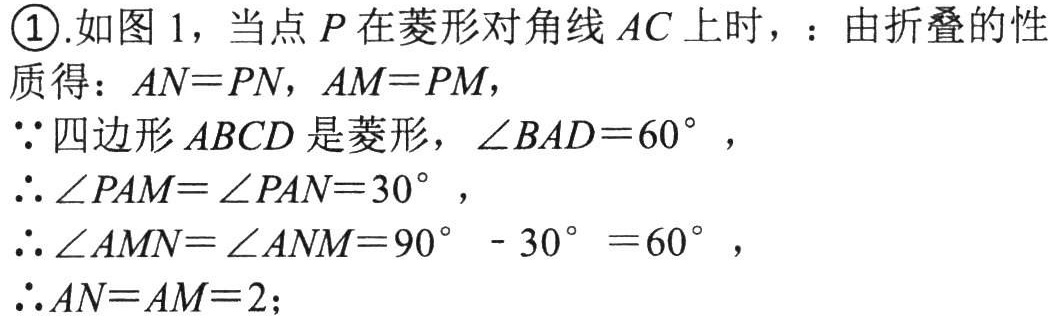
\textcircled{1}.如图1，当点\(P\)在菱形对角线\(AC\)上时，：由折叠的性
质得：\(AN = PN\)，\(AM = PM\)，
\(\because\)四边形\(ABCD\)是菱形，\(\angle BAD = 60^{\circ}\)，
\(\therefore\angle PAM=\angle PAN = 30^{\circ}\)，
\(\therefore\angle AMN=\angle ANM = 90^{\circ}-30^{\circ}=60^{\circ}\)，
\(\therefore AN = AM = 2\);